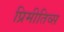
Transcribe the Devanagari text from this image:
प्रिमीतिव्स